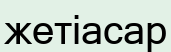
жетіасар